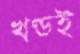
খণ্ডই